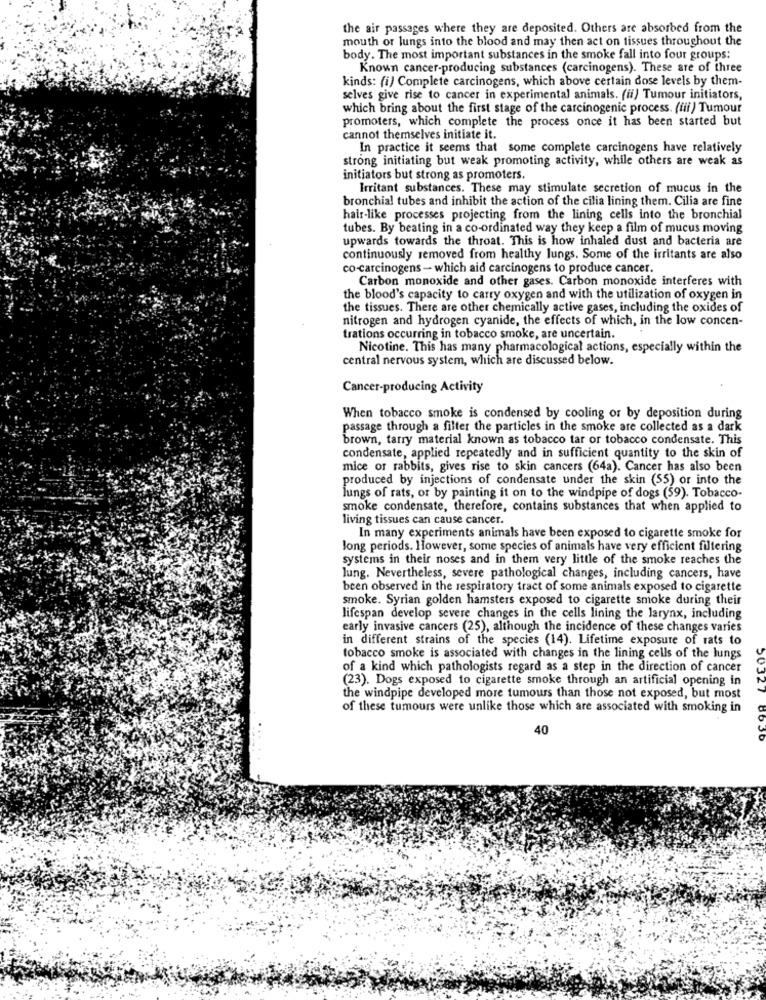
the air passages where they are deposited. Others are absorbed from the
mouth or lungs into the blood and may then act on tissues throughout the
body. The most important substances in the smoke fall into four groups:
Known cancer-producing substances (carcinogens). These are of three
kinds: (i) Complete carcinogens, which above certain dose levels by them-
selves give rise to cancer in experimental animals. (ii) Tumour initiators,
which bring about the first stage of the carcinogenic process. (iii) Tumour
promoters, which complete the process once it has been started but
cannot themselves initiate it.
In practice it seems that some complete carcinogens have relatively
strong initiating but weak promoting activity, while others are weak as
initiators but strong as promoters.
Irritant substances. These may stimulate secretion of mucus in the
bronchial tubes and inhibit the action of the cilia lining them. Cilia are fine
hair-like processes projecting from the lining cells into the bronchial
tubes. By beating in a co-ordinated way they keep a film of mucus moving
upwards towards the throat. This is how inhaled dust and bacteria are
continuously removed from healthy lungs. Some of the irritants are also
co carcinogens - which aid carcinogens to produce cancer.
Carbon monoxide and other gases. Carbon monoxide interferes with
the blood's capacity to carry oxygen and with the utilization of oxygen in
the tissues. There are other chemically active gases, including the oxides of
nitrogen and hydrogen cyanide, the effects of which, in the low concen-
trations occurring in tobacco smoke, are uncertain.
Nicotine. This has many pharmacological actions, especially within the
central nervous system, which are discussed below.
Cancer-producing Activity
When tobacco smoke is condensed by cooling or by deposition during
passage through a filter the particles in the smoke are collected as a dark
brown, tarry material known as tobacco tar or tobacco condensate. This
condensate, applied repeatedly and in sufficient quantity to the skin of
mice or rabbits, gives rise to skin cancers (64a). Cancer has also been
produced by injections of condensate under the skin (55) or into the
lungs of rats, or by painting it on to the windpipe of dogs (59). Tobacco-
smoke condensate, therefore, contains substances that when applied to
living tissues can cause cancer.
In many experiments animals have been exposed to cigarette smoke for
long periods. However, some species of animals have very efficient filtering
systems in their noses and in them very little of the smoke reaches the
lung. Nevertheless, severe pathological changes, including cancers, have
been observed in the respiratory tract of some animals exposed to cigarette
smoke. Syrian golden hamsters exposed to cigarette smoke during their
lifespan develop severe changes in the cells lining the larynx, including
early invasive cancers (25), although the incidence of these changes varies
in different strains of the species (14). Lifetime exposure of rats to
tobacco smoke is associated with changes in the lining cells of the lungs
of a kind which pathologists regard as a step in the direction of cancer
(23). Dogs exposed to cigarette smoke through an artificial opening in
50327
the windpipe developed more tumours than those not exposed, but most
of these tumours were unlike those which are associated with smoking in
40